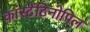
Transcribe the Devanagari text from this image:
कांस्टैंटिनोपिल